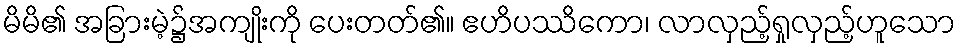
မိမိ၏ အခြားမဲ့၌အကျိုးကို ပေးတတ်၏။ ဧဟိပဿိကော၊ လာလှည့်ရှုလှည့်ဟူသော